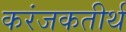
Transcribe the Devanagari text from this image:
करंजकतीर्थ